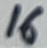
Text: 16